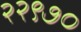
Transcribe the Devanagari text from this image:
२२९७०